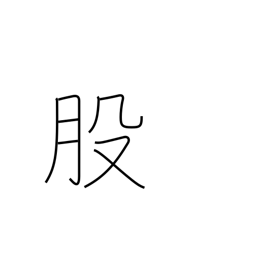
Meaning: thigh